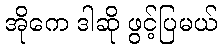
အိုကေ ဒါဆို ဖွင့်ပြမယ်